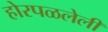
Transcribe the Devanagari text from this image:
होरपळलेली